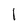
Character: I